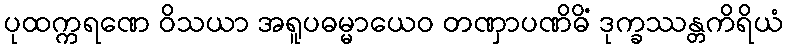
ပုထက္ကရဏေ ဝိသယာ အရူပဓမ္မာယေဝ တဏှာပဏိဓိံ ဒုက္ခဿန္တကိရိယံ